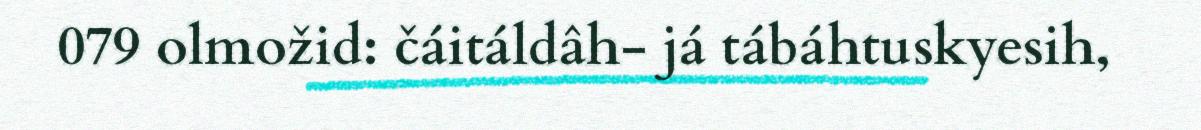
079 olmožid: čáitáldâh- já tábáhtuskyesih,